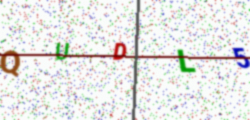
Text: QUDL5